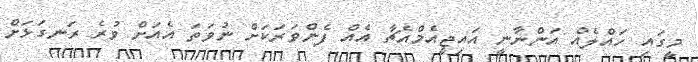
މީގައި ހައްލެއް އަންނާނީ އައިޖީއެމްއެޗާ އެއް ފެންވަރަކަށް ނުވަތަ އެއަށް ވުރެ ރަނގަޅަށް